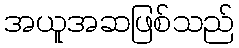
အယူအဆဖြစ်သည်